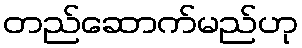
တည်ဆောက်မည်ဟု